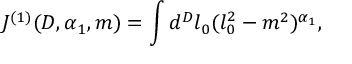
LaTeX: J ^ { ( 1 ) } ( D , \alpha _ { 1 } , m ) = \int d ^ { D } l _ { 0 } ( l _ { 0 } ^ { 2 } - m ^ { 2 } ) ^ { \alpha _ { 1 } } ,